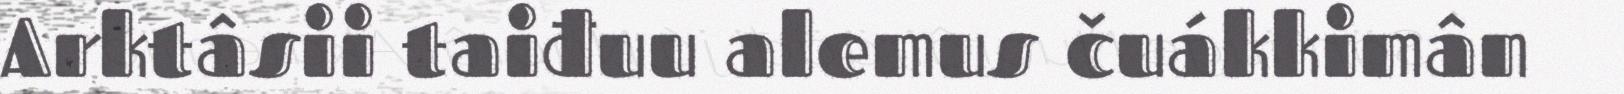
Arktâsii taiđuu alemus čuákkimân